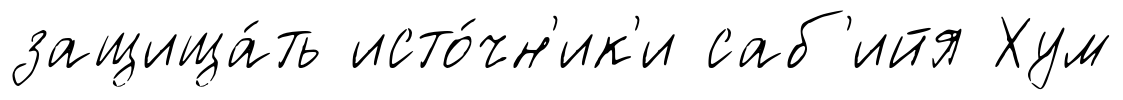
защища́ть исто́чн'ик'и саб'ийя Хум